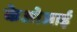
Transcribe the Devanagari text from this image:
केओआई